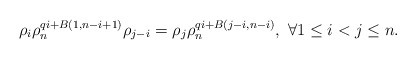
\begin{align*}\rho_{i} \rho_n^{qi+B(1,n-i+1)} \rho_{{j-i}}=\rho_{j} \rho_n^{qi+B(j-i,n-i)},~\forall 1\leq i < j \leq n.\end{align*}